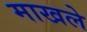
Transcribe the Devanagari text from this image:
माखले